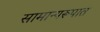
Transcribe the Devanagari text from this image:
सामान्यरूपात